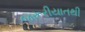
જરૂરીયાતથી